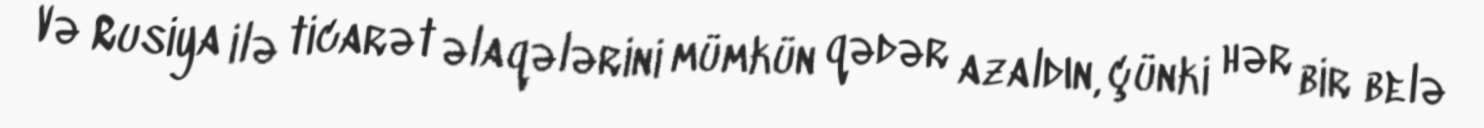
Və Rusiya ilə ticarət əlaqələrini mümkün qədər azaldın, çünki hər bir belə